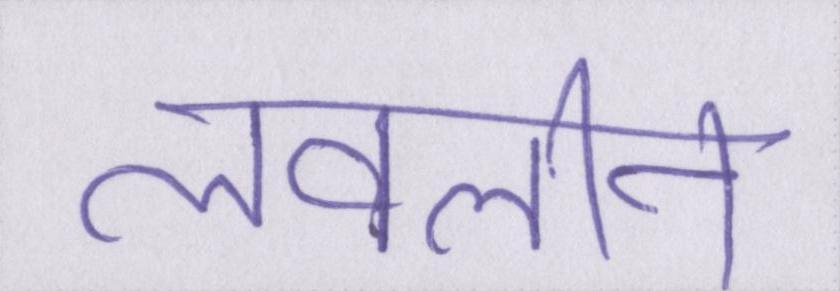
लवलीन